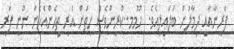
ފަރީނާއާއި ދިމާލަށް ބަލައިލިއެވެ.  ހޫމމ..ކުރިންވެސް ހިތަށް އެރި ތިހެންއެހެން ނޫނީ ފަރީ